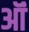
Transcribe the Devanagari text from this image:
ऑं